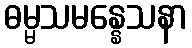
ဓမ္မသမန္နေသနာ